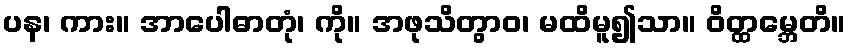
ပန၊ ကား။ အာပေါဓာတုံ၊ ကို။ အဖုသိတွာဝ၊ မထိမူ၍သာ။ ဝိတ္ထမ္ဘေတိ။